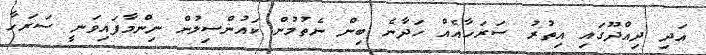
އަދި ދިއްދޫގައި އިތުރު ސަރަހާއެއް ހަދާނެ ބިން ނެތުމުން ކައުންސިލުން ނިންމާފައިވަނީ ސަރަހާ